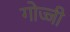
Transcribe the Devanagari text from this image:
गोज्जी